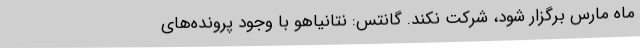
ماه مارس برگزار شود، شرکت نکند. گانتس: نتانیاهو با وجود پرونده‌های